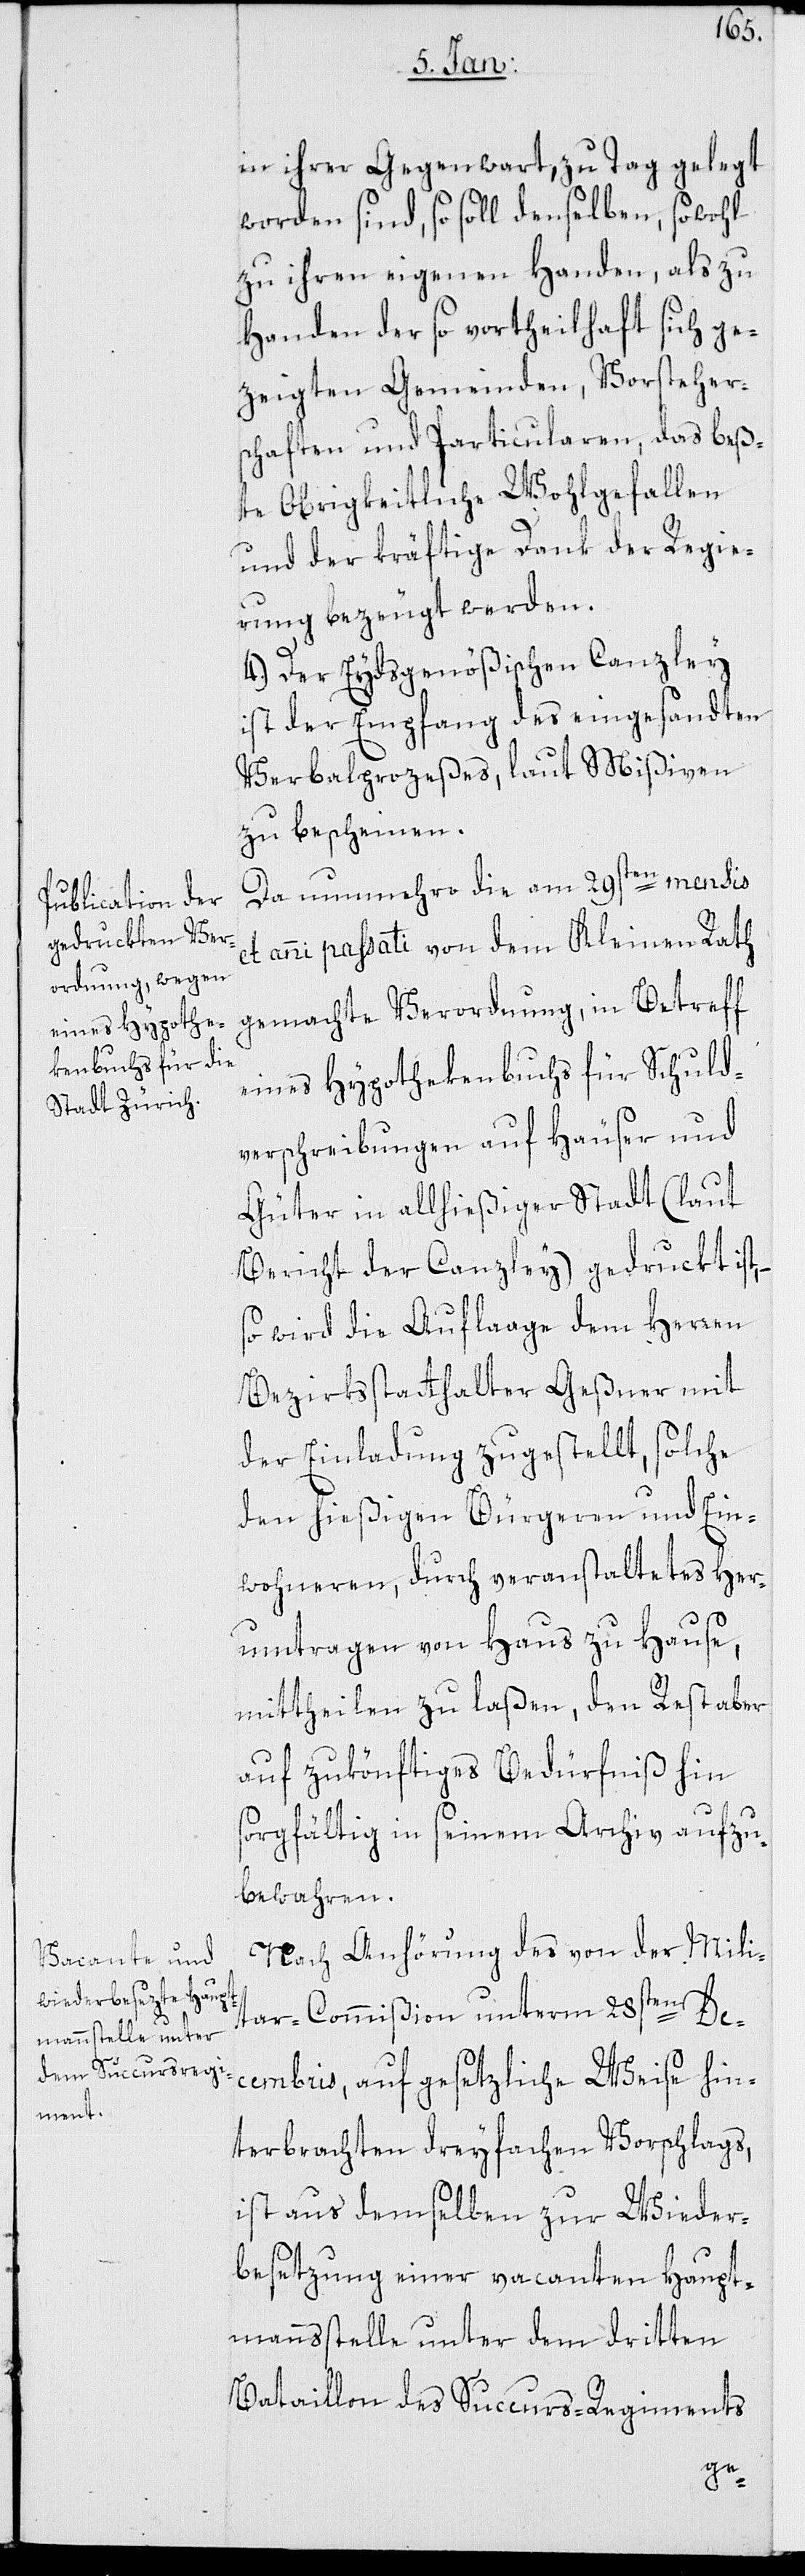
in ihrer Gegenwart, zu Tag gelegt
worden sind, so soll denselben, sowohl
zu ihren eigenen Handen als zu
Handen der so vortheilhaft sich ge¬
zeigten Gemeinden, Vorsteher¬
schaften und Particularen, das beß¬
te obrigkeitliche Wohlgefallen
und der kräftige Dank der Regie¬
rung bezeugt werden.
4.) Der Eydsgenößischen Canzlei
ist der Empfang des eingesandten
Verbalprozeßes, laut Mißiven,
zu bescheinen.
Da nunmehro die am 29sten mensis
et anni passati von dem Kleinen Rath
gemachte Verordnung, in Betreff
eines Hypothekenbuchs für Schuld¬
verscheibungen auf Häuser und
Güter in allhießiger Stadt (laut
Bericht der Canzley) gedruckt ist,
so wird die Auflaage dem Herren
Bezirksstatthalter Geßner mit
der Einladung zugestellt, solche
den hießigen Bürgeren und Ein¬
wohneren, durch veranstaltetes Her¬
umtragen von Haus zu Hause,
mittheilen zu laßen, den Rest aber
auf könftiges Bedürfniß hin
sorgfältig in seinem Archiv aufzu¬
bewahren.
Nach Anhörung des von der Mili¬
ar-Commißion unterm 28sten De¬
cembris, auf gesetzliche Weise hin¬
terbrachten dreyfachen Vorschlags,
ist aus demselben zur Wieder¬
besetzung einer vacanten Haupt¬
mannsstelle unter dem dritten
Bataillon des Succurs-Regiments